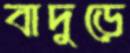
বাদুড়ে